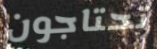
تحتاجون